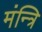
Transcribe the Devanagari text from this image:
मंन्त्रि